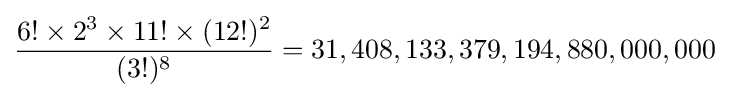
{\frac {6!\times 2^{3}\times 11!\times (12!)^{2}}{(3!)^{8}}}=31,408,133,379,194,880,000,000